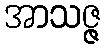
အာသဇ္ဇ